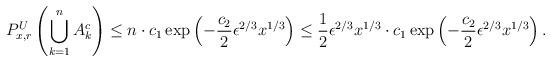
LaTeX: \begin{align*}P_{x,r}^U\left(\bigcup_{k=1}^n A_k^c \right)\leq n \cdot c_1 \exp\left( -\frac{c_2}{2} \epsilon^{2/3} x^{1/3} \right)\leq \frac{1}{2} \epsilon^{2/3} x^{1/3} \cdot c_1 \exp\left( -\frac{c_2}{2} \epsilon^{2/3} x^{1/3} \right).\end{align*}